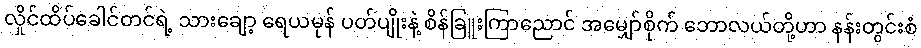
လှိုင်ထိပ်ခေါင်တင်ရဲ့ သားချော့ ရေယမုန် ပတ်ပျိုးနဲ့ စိန်ခြူးကြာညောင် အမျှော်စိုက် ဘောလယ်တို့ဟာ နန်းတွင်းစံ